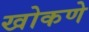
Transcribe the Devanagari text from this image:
खोकणे